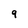
Character: 9